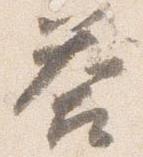
答